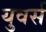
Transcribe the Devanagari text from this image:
युवर्स